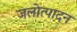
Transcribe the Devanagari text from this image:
जलोत्पादन